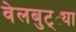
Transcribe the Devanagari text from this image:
वेलबुट्ट्या